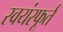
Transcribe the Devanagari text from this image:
स्वयंस्फूर्त